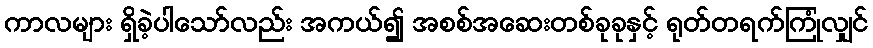
ကာလများ ရှိခဲ့ပါသော်လည်း အကယ်၍ အစစ်အဆေးတစ်ခုခုနှင့် ရုတ်တရက်ကြုံလျှင်